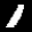
Label: 1